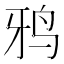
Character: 鸦